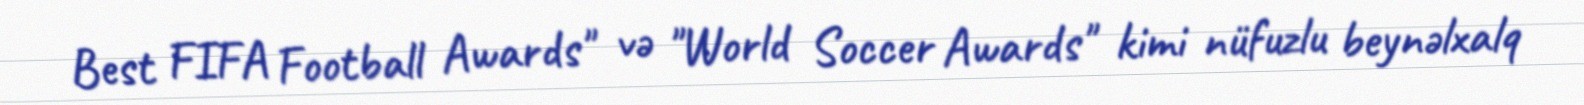
Best FIFA Football Awards" və "World Soccer Awards" kimi nüfuzlu beynəlxalq